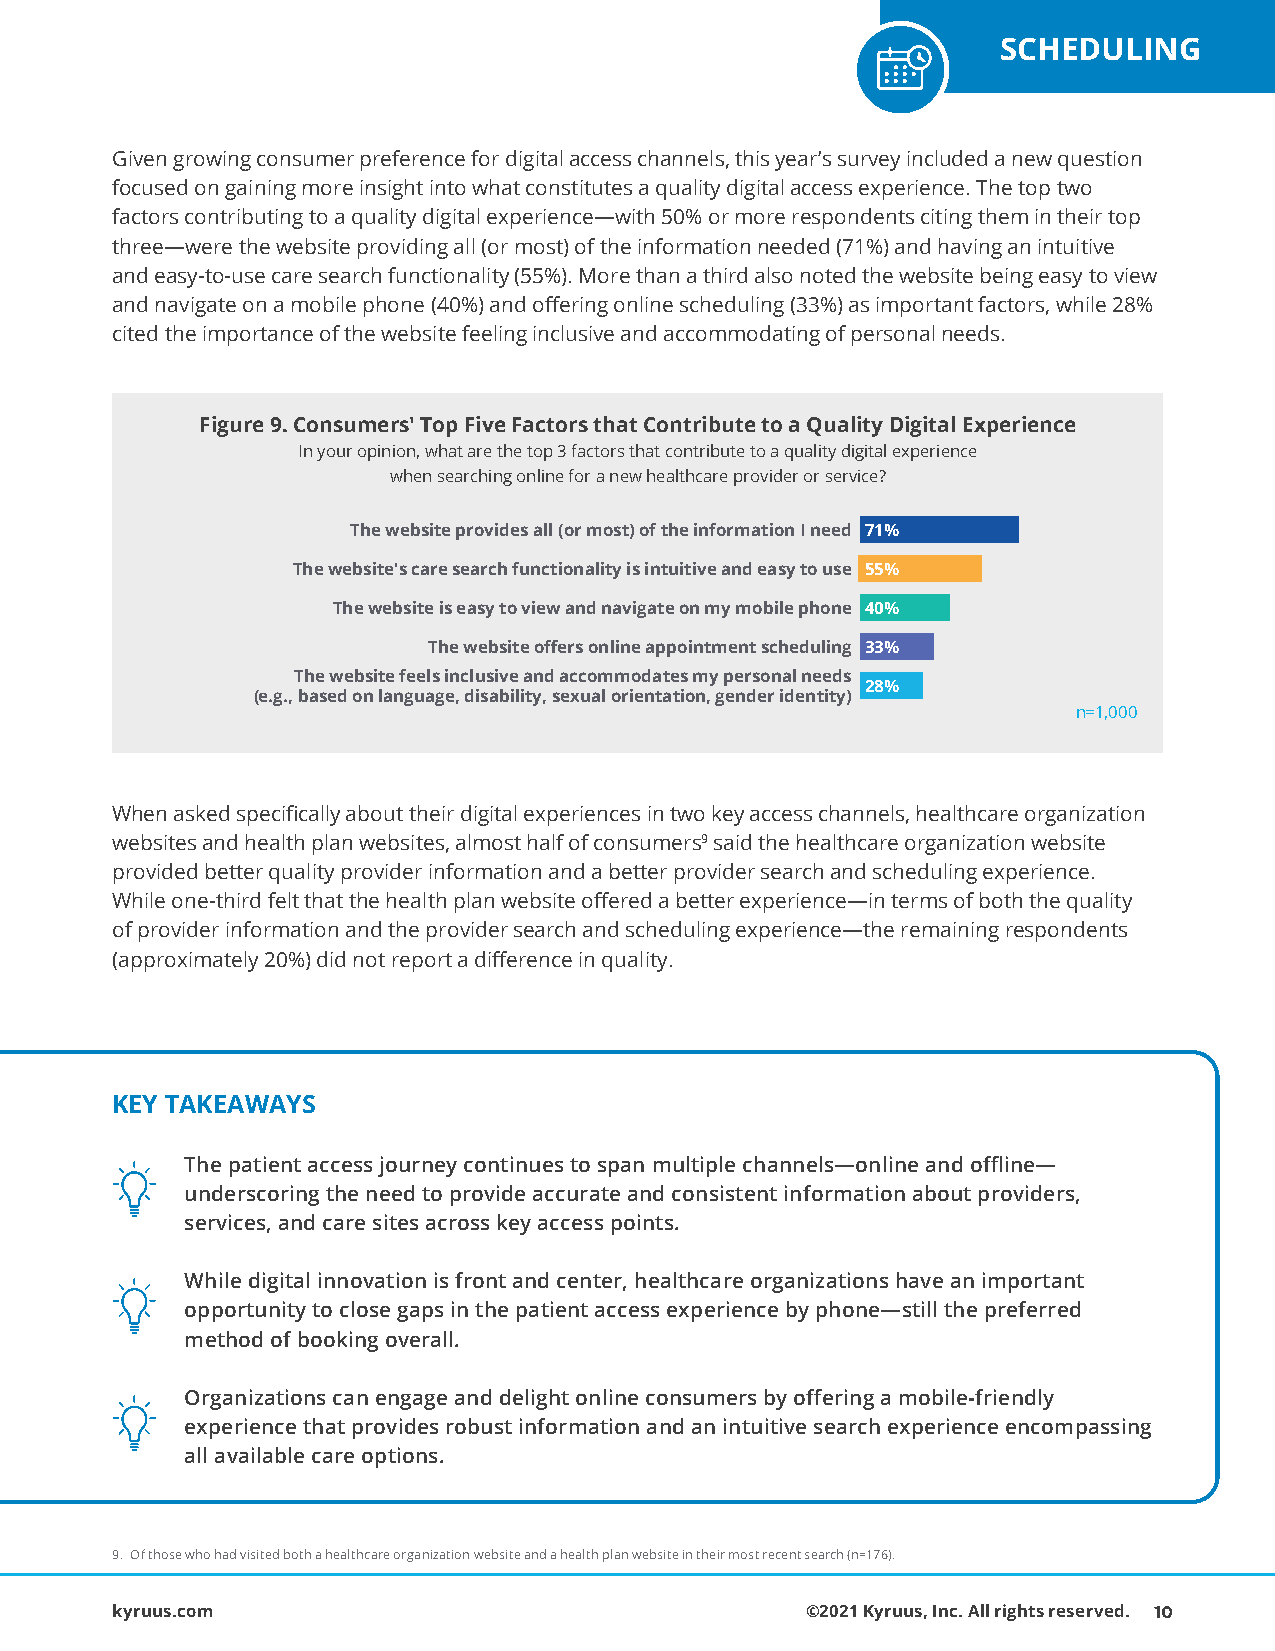
SCHEDULING
 Given growing consumer preference for digital access channels, this year’s survey included a new question
 focused on gaining more insight into what constitutes a quality digital access experience. The top two
 factors contributing to a quality digital experience—with 50% or more respondents citing them in their top
 thrFeIeG— 1w1ere the website providing all (or most) of the information needed (71%) and having an intuitive
 and easy-to-use care search functionality (55%). More than a third also noted the website being easy to view
 and navigate on a mobile phone (40%) and offering online scheduling (33%) as important factors, while 28%
 cited the importance of the website feeling inclusive and accommodating of personal needs.
 Figure 9. Consumers' Top Five Factors that Contribute to a Quality Digital Experience
 In your opinion, what are the top 3 factors that contribute to a quality digital experience
 when searching online for a new healthcare provider or service?
 The website provides all (or most) of the information I need 71%
 The website's care search functionality is intuitive and easy to use 55%
 The website is easy to view and navigate on my mobile phone 40%
 The website offers online appointment scheduling 33%
 The website feels inclusive and accommodates my personal needs
 28%
 (e.g., based on language, disability, sexual orientation, gender identity)
 n=1,000
 When asked specifically about their digital experiences in two key access channels, healthcare organization
 websites and health plan websites, almost half of consumers9 said the healthcare organization website
 provided better quality provider information and a better provider search and scheduling experience.
 While one-third felt that the health plan website offered a better experience— in terms of both the quality
 of provider information and the provider search and scheduling experience—the remaining respondents
 (approximately 20%) did not report a difference in quality.
 KEY TAKEAWAYS
 The patient access journey continues to span multiple channels—online and offline—
 underscoring the need to provide accurate and consistent information about providers,
 services, and care sites across key access points.
 While digital innovation is front and center, healthcare organizations have an important
 opportunity to close gaps in the patient access experience by phone—still the preferred
 method of booking overall.
 Organizations can engage and delight online consumers by offering a mobile-friendly
 experience that provides robust information and an intuitive search experience encompassing
 all available care options.
 9. Of those who had visited both a healthcare organization website and a health plan website in their most recent search (n=176).
 kyruus.com                                    ©2021 Kyruus, Inc. All rights reserved. 10